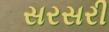
સરસરી